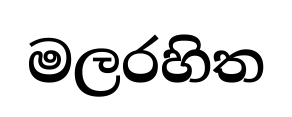
මලරහිත